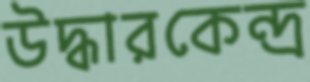
উদ্ধারকেন্দ্র